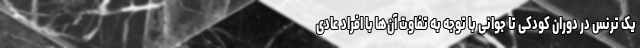
یک ترنس در دوران کودکی تا جوانی با توجه به تفاوت آن‌ها با افراد عادی